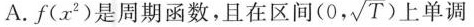
()A.f ( x^{2})是周期函数，且在区间 (0, \sqrt{T})上单调